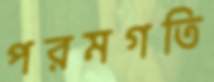
পরমগতি